Cholera in southern India
Disease focus: Cholera
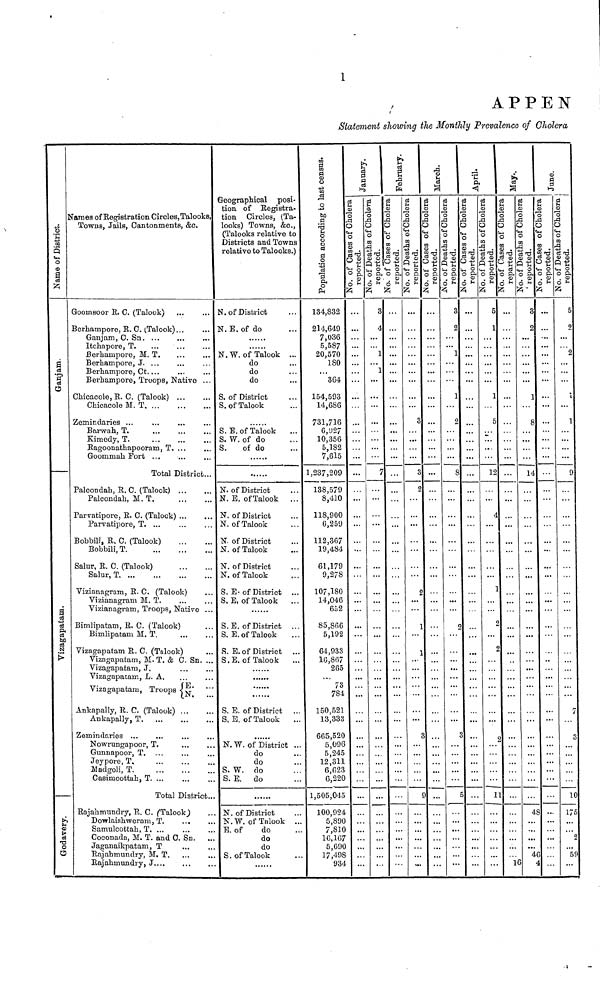
1
A P P E N
Statement showing the Monthly Prevalence of Cholera
Name of District.
Ganjam
Vizagapatam.
Godavery.
Names of Registration Circles, Talooks,
Towns, Jails, Cantonments, &c.
Goomsoor R. C. (Talook)
Berhampore, R. C. (Talook)...
Ganjam, C. Sn.
Itchapore, T.
Berharupore, M. T.
Berhampore, J.
Berhampore, Ct.
Berhampore, Troops, Native
Chicacole, R. C. (Talook)
Cliicacole M. T
Zemindaries
Barwah, T.
Kimedy,
T.
Ragoonathapooram, T.
Goommah Fort
Total District...
Palcondah, R. C. (Talook)
Palcondah, M. T.
Parvatipore, R. C. (Talook)
Parvatipore, T.
Bobbili, R, C. (Talook)
Bobbili, T.
Salur, R. C. (Taook)
Salur,
T.
Vizianagram, R. C. (Talook)
Vizianagram M. T.
Vizianagram, Troops, Nativo
Bimlipatam, R. C. (Talook)
Bimlipatam M. T.
Vizagapatam R. C. (Talook)
Vizagapatam, M. T. & C. Sn.
Vizagapatam, J,
Vizagapatam, L. A,
E.
Vizagapatam, Troops N.
Ankapally, R. C. (Talook)
Ankapally, T.
Zemindaries
Nowrungapoor, T.
Gunnapoor, T.
Jeypore, T.
Madgoli,
T.
Casiracottah,
T.
Total District.
Rajahmundry, R. C. (Talook)
Dowlaishweram, T.
...
Samulcottah,
T.
Coconada, M. T. and C. Sn..
Jaganaikpatam. T.
Rajahmundry, M. T.
Rajahmundry, J....
Geographical posi-
tion of Registra-
tion Circles, (Ta-
looks) Towns, &c.,
(Talooks relative to
Districts and Towns
relative to Talooks.)
N.of District
N. E. of do
N. W. of Talook
do
do
do
S. of District
S. of Talook
S.E. of Talook
S. W. of do
S. of do
N. of District
N. E. of Talook ...
N. of District
N. of Talook
N. of District
N. of Talook
N. of District
N. of Talook
S. E. of District
S, E, of Talook
S.E. of District
S, E. of Talook
S. E. of District
S.E. of Talook
S. E. of District
S.E. of Talook
N. W. of District
do
do
S. W. do
S. E. do
N. of District
N.W. of Talook ..
E. of
do
do
do
S. of Talook
Population according to last census.
134,832
214,649
7,036
5,587
20,570
180
364
154,593
14,686
731,716
6,927
10,356
5,182
7,615
1,237,209
138,579
8,410
118,900
6,259
112,367
19,484
61,179
9,278
107,180
14,046
652
85,866
5,192
64,933
10,867
265
73
784
150,521
13,333
665,520
5,096
5,245
12,311
6,628
6,220
1,505,045
100,924
5,890
7,810
16,167
5,690
17,498
934
January.
No. of Cases of Cholera
reported.
No. of Deaths of Cholera
reported.
3
4
1
1
...
...
7
February.
No. of Cases of Cholera
reported.
No. of Deaths of Cholera
reported.
3
3
2
2
1
1
3
9
March.
No. of Cases of Cholera
reported.
No. of Deaths of Cholera
reported.
3
2
1
1
2
8
2
3
5
April.
No. of Cases of Cholera
reported.
No. of Deaths of Cholera
reported.
5
1
1
5
12
4
4
1
2
2
3
11
May.
No. of Cases of Cholera
reported.
16
No. of Deaths of Ch
reported.
3
2
...
1
8
14
48
46
4
June.
No. of Cases of
reported.
...
No. of Dea
reported.
5
2
...
2
1
1
9
7
3
10
175
2
59